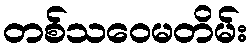
တစ်သဝေမတိမ်း